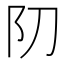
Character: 𨸓